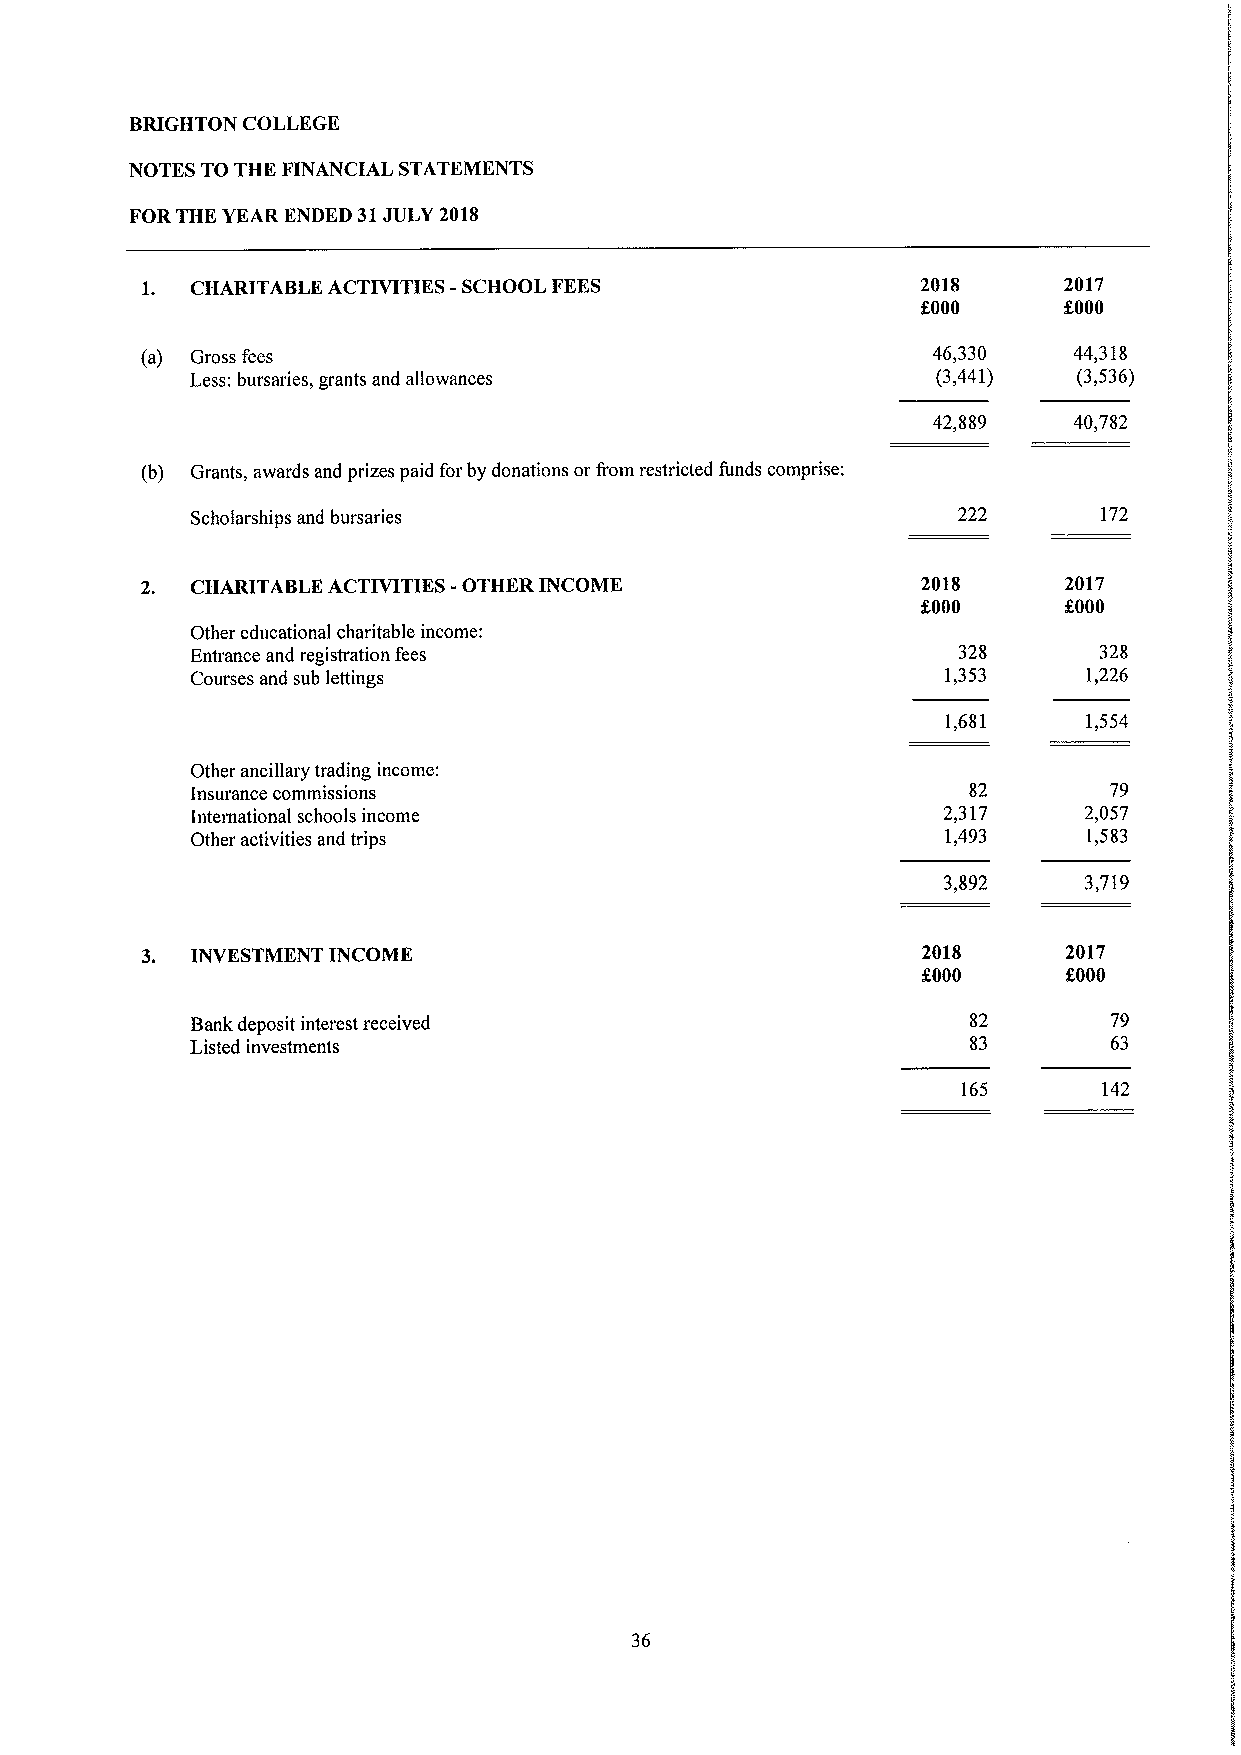
BRIGHTON COLLEGE
 NOTES TO THE FINANCIAL STATEMENTS
 FORTHE YEAR ENDED 31JULY 2018
 1.  CHARITABLE ACTIVITIES -SCHOOL FEES              2018     2017
 f000     f.000
 (a) Gross fees                                       46,330   44,318
 Less: bursaries, grants and allowances           (3,441)  (3,536)
 42,889   40,782
 (b) Grants, awards and prizes paid for by donations or from restricted funds comprise:
 Scholarships and bursaries                        222       172
 2.  CHARITABLE ACTIVITIES -OTHER INCOME             2018     2017
 f000     f000
 Other educational charitable income:
 Entrance and registration fees                    328       328
 Courses and sub lettings                          1,353    1,226
 1,681    1,554
 Other ancillary trading income:
 Insurance commissions                              82       79
 International schools income                     2,317     2,057
 Other activities and trips                        1,493    1,583
 3,892     3,719
 3.  INVESTMENT INCOME                               2018      2017
 f000      f000
 Bank deposit interest received                     82       79
 Listed investments                                 83       63
 165      142
 36